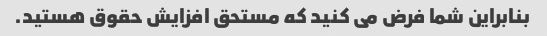
بنابراین شما فرض می کنید که مستحق افزایش حقوق هستید.